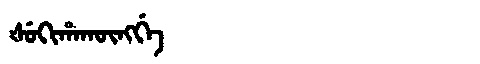
Manchu: ᡧᡠᡴᡳᡥᠠᡴᡡᠩᡤᡝ
Romanization: ŠUKIHAKŪNGGE